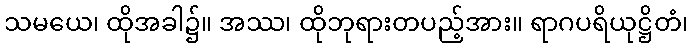
သမယေ၊ ထိုအခါ၌။ အဿ၊ ထိုဘုရားတပည့်အား။ ရာဂပရိယုဋ္ဌိတံ၊